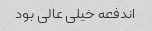
اندفعه خیلی عالی بود